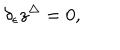
LaTeX: \delta _ { \epsilon } z ^ { \Delta } = 0 ,